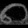
Digit: ၈